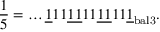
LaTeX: { \frac { 1 } { 5 } } = \dots { \underline { { 1 } } } 1 1 { \underline { { 1 1 } } } 1 1 { \underline { { 1 1 } } } 1 1 { \underline { { 1 } } } _ { \mathrm { b a l 3 } } .